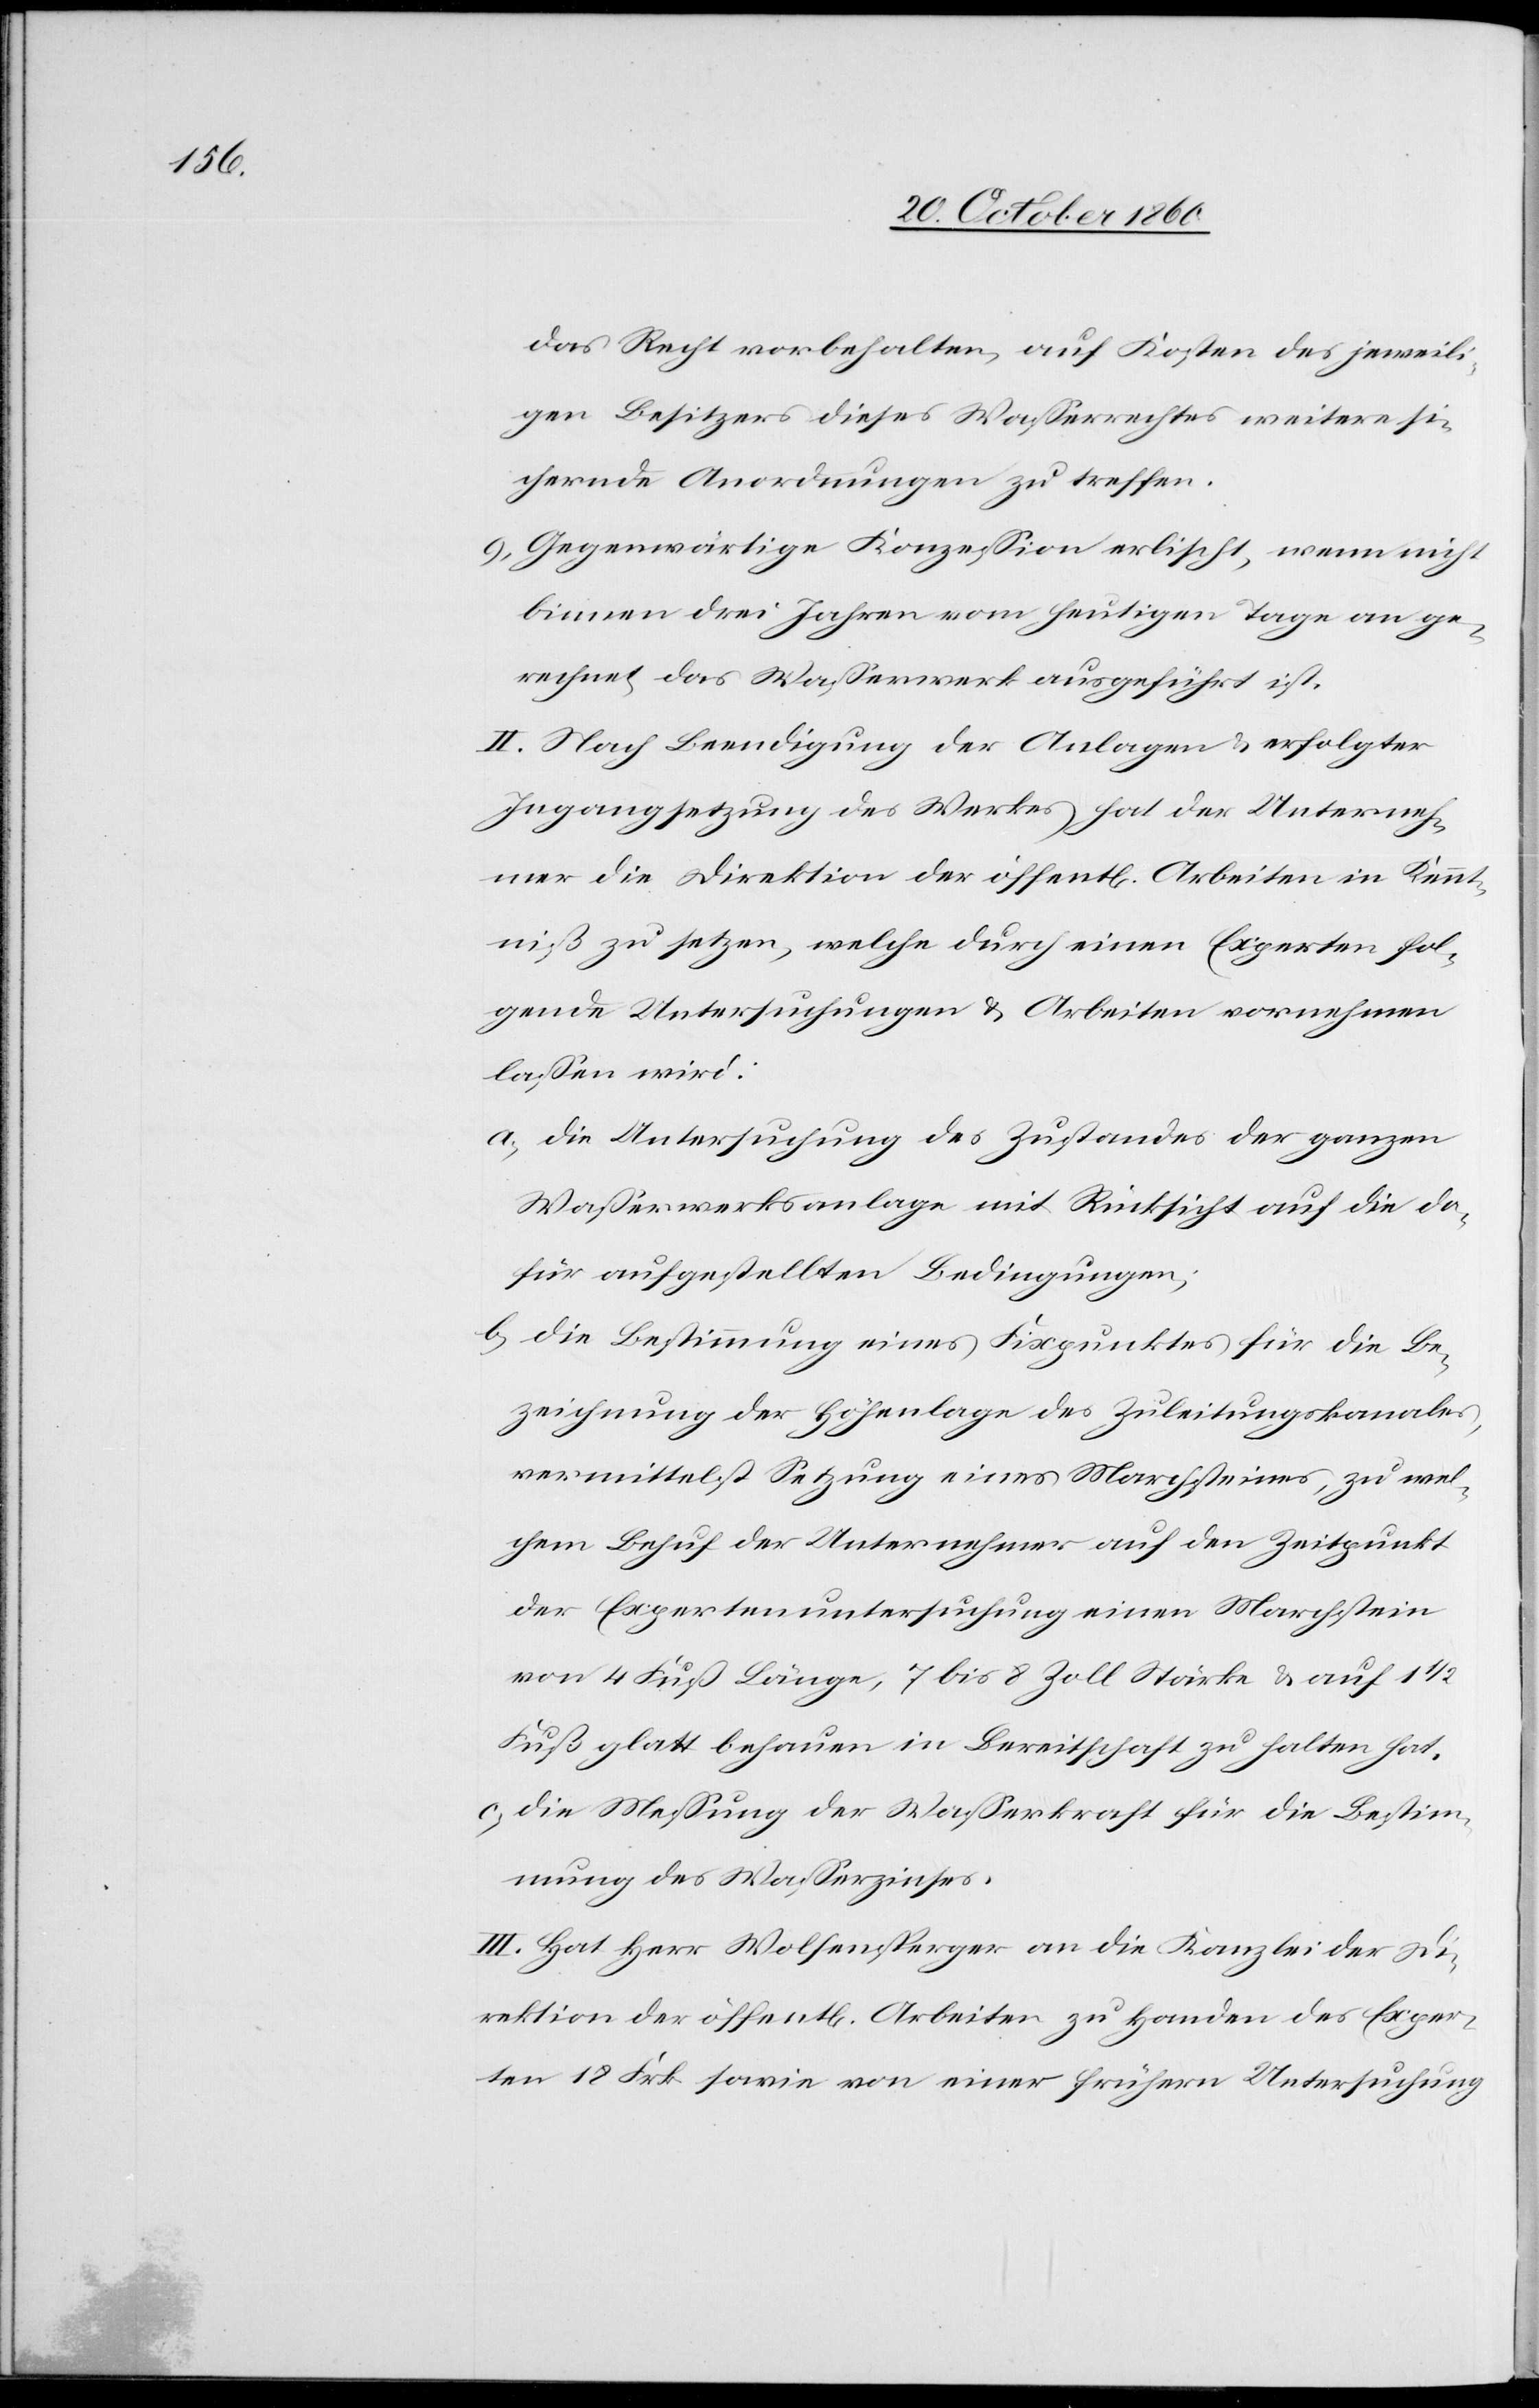
das Recht vorbehalten, auf Kosten des jeweili¬
gen Besitzers dieses Wasserrechtes weitere si¬
chernde Anordnungen zu treffen.
9) Gegenwärtige Konzession erlischt, wenn nicht
binnen drei Jahren vom heutigen Tage an ge¬
rechnet das Wasserwerk ausgeführt ist.
II. Nach Beendigung der Anlagen u. erfolgter
Ingangsetzung des Werkes hat der Unterneh¬
mer die Direktion der öffent[lichen] Arbeiten in Kennt¬
niß zu setzen, welche durch einen Experten fol¬
gende Untersuchungen u. Arbeiten vornehmen
lassen wird:
a) die Untersuchung des Zustandes der ganzen
Wasserwerksanlage mit Rücksicht auf die da¬
für aufgestellten Bedingungen;
b) die Bestimmung eines Fixpunktes für die Be¬
zeichnung der Höhenlage des Zuleitungskanales,
vermittelst Setzung eines Marchsteines, zu wel¬
chem Behuf der Unternehmer auf den Zeitpunkt
der Expertenuntersuchung einen Marchstein
von 4 Fuß Länge, 7 bis 8 Zoll Stärke u. auf 1
Fuß glatt behauen in Bereitschaft zu halten hat.
c) die Messung der Wasserkraft für die Bestim¬
mung des Wasserzinses.
III. Hat Herr Wolfensperger an die Kanzlei der Di¬
rektion der öffent[lichen] Arbeiten zu Handen des Exper¬
ten 18 Frk. sowie von einer frühern Untersuchung